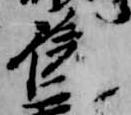
後